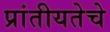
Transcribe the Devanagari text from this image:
प्रांतीयतेचे